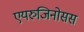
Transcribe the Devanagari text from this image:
एयरुजिनोसस